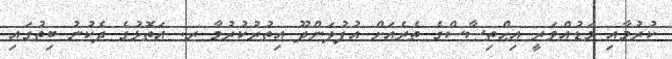
ކުރުމާއި މަޑުއްވަރީ އިޙްތިޞާސްގެ ތެރެއަށް އުފުލަންދޫ އިތުރުކުރުމާ ރ. އަތޮޅުގެ ދެކުނު ބިތުގައި